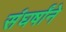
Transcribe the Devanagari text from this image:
संघर्षांने